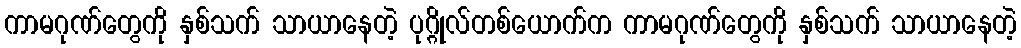
ကာမဂုဏ်တွေကို နှစ်သက် သာယာနေတဲ့ ပုဂ္ဂိုလ်တစ်ယောက်က ကာမဂုဏ်တွေကို နှစ်သက် သာယာနေတဲ့